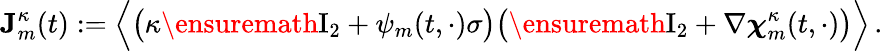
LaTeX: \mathbf{J}_{m}^{\kappa}(t):=\Bigl\langle\bigl(\kappa\ensuremath{\mathrm{I}_{2}}+\psi_{m}(t,\cdot)\sigma\bigr)\bigl(\ensuremath{\mathrm{I}_{2}}+\nabla{\boldsymbol{\chi}}_{m}^{\kappa}(t,\cdot)\bigr)\Bigr\rangle\, .